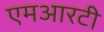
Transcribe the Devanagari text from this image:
एमआरटी